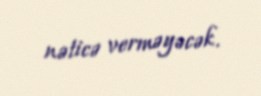
nəticə verməyəcək.